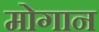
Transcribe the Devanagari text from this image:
मोगान